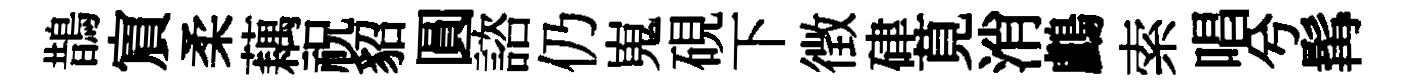
鵲賔柔藕祝貂圓諮仍嵬硯下徴硉莧消鸕索唱兮髯